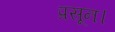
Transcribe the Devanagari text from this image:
प्रसून।